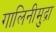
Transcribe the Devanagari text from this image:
गालिनीमुद्रा